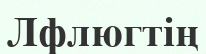
Лфлюгтің